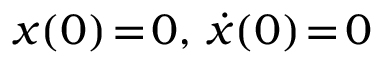
{ x ( 0 ) \! = \! 0 } , \, { \dot { x } ( 0 ) \! = \! 0 }